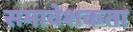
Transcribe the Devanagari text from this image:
समावेशकता